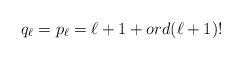
LaTeX: \begin{align*}q_\ell=p_\ell=\ell+1 + ord (\ell+1)!\end{align*}